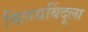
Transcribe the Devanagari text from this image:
विलयबिंदूला